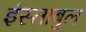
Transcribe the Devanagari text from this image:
इंस्ताबुल